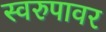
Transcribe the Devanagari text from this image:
स्वरुपावर